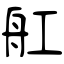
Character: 舡